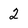
Character: 2